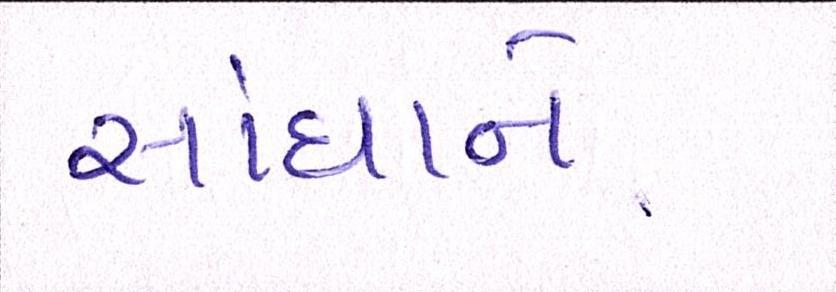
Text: સાંધાને